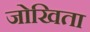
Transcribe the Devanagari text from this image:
जोखिता